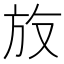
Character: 𪯳